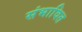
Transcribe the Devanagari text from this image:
संभावित